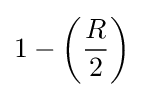
1-\left({\frac {R}{2}}\right)